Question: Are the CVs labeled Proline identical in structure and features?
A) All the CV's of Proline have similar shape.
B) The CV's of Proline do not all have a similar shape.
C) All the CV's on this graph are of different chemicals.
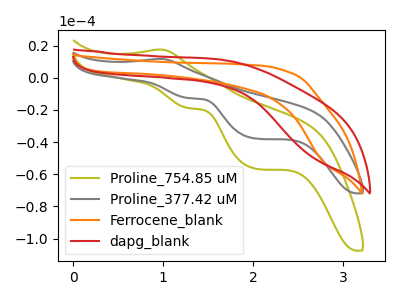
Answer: <think>The olive curve "Proline_754.85 uM" has an anodic peak at (0.95V, 17.60uA) and cathodic peaks at (1.30V, -18.80uA) (2.05V, -56.55uA). The gray curve "Proline_377.42 uM" has an anodic peak at (0.95V, 11.75uA) and cathodic peaks at (1.30V, -12.55uA) (2.05V, -37.80uA). The orange curve "Ferrocene_blank" has no peaks. The red curve "dapg_blank" has no peaks.
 All the peaks in "Proline_754.85 uM" have a peak in "Proline_377.42 uM" at the same potential. Every peak in "Proline_754.85 uM" is higher than every peak in "Proline_377.42 uM". "Proline_754.85 uM" and "Ferrocene_blank" have a different number of peaks. "Proline_754.85 uM" and "dapg_blank" have a different number of peaks. "Proline_377.42 uM" and "Ferrocene_blank" have a different number of peaks. "Proline_377.42 uM" and "dapg_blank" have a different number of peaks. Neither "Ferrocene_blank" or "dapg_blank" have any peaks.</think>
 <answer>A) All the CV's of "Proline" have similar shape.</answer>
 <eval>A</eval>